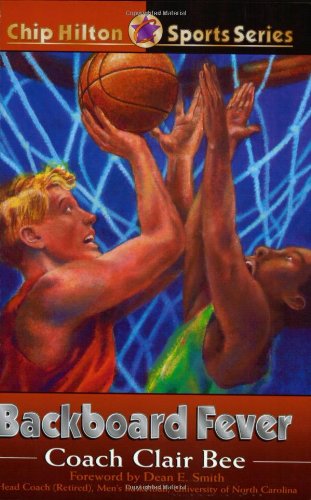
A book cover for Backboard Fever (Chip Hilton Sports); Clair Bee; Teen & Young Adult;